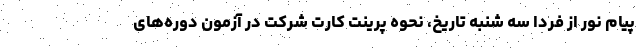
پیام نور از فردا سه شنبه تاریخ، نحوه پرینت کارت شرکت در آزمون دوره‌های